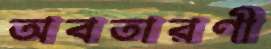
অবতারণী